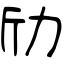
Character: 劤